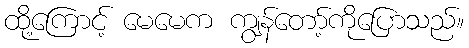
ထို့ကြောင့် မေမေက ကျွန်တော့်ကိုပြောသည်။